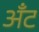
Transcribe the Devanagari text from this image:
अँट